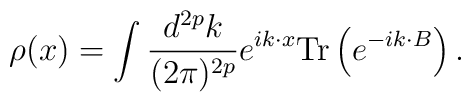
\rho(x)=\int\frac{d^{2p}k}{(2\pi)^{2p}}e^{ik\cdot x}{\rm Tr}\left(e^{-ik\cdot B}\right).